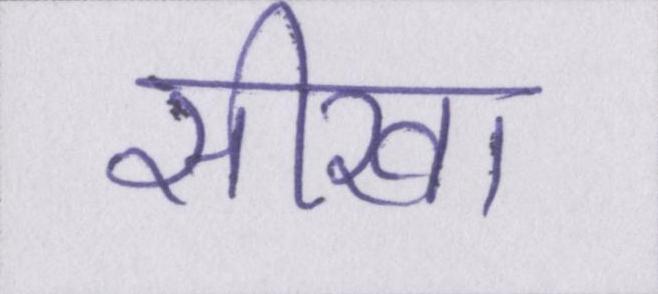
सीखा